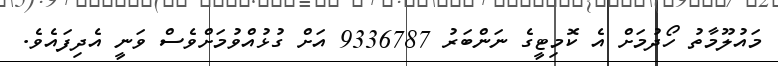
މައުލޫމާތު ހޯދުމަށް އެ ކޮމިޓީގެ ނަންބަރު 9336787 އަށް ގުޅުއްވުމަށްވެސް ވަނީ އެދިފައެވެ.